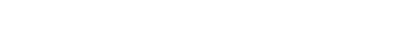
၇။ သော့သွမ်းတတ်လှ၊ လူဗာလ၊ ရာထူးရက-ကျေလွယ်သည်။